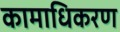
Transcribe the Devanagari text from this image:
कामाधिकरण